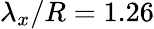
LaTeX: \lambda_{x}/R=1.26